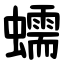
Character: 蠕